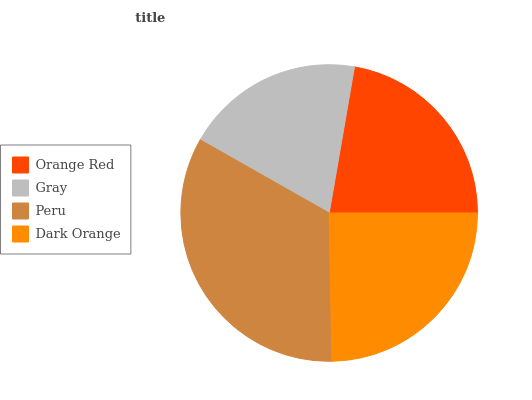
| Orange Red | Gray | Peru | Dark Orange |
 | --- | --- | --- | --- |
 | 22.3% | 19.6% | 33.5% | 24.6% |